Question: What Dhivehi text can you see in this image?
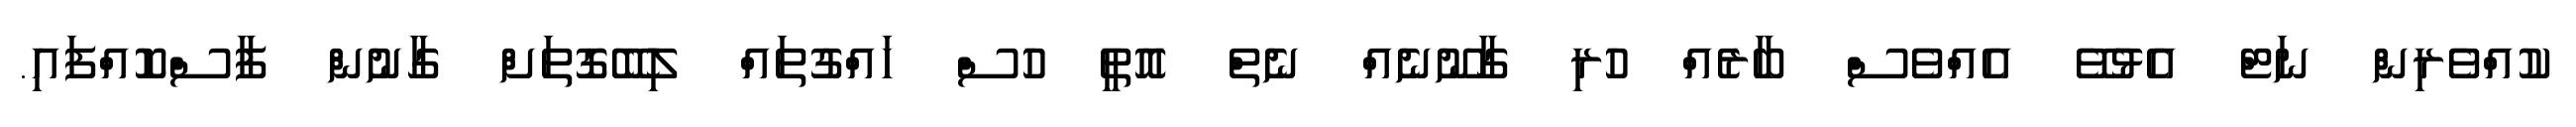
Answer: ކުއްވެރިން ނަޓް އެޅުވޭ އެއްވެސް ބާރެއް ހުރި ގާނޫނެއް ނެތް އޮތީ ހުސް ހައްގުތައް ލިބޭގޮތަށް ގާނުން ފާސްކޮއްފައި.